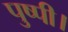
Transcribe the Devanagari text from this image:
पुष्पी।